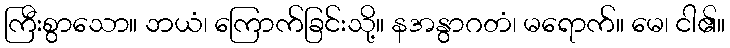
ကြီးစွာသော။ ဘယံ၊ ကြောက်ခြင်းသို့။ နအနွာဂတံ၊ မရောက်။ မေ၊ ငါ၏။